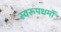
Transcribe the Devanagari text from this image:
स्वरूपधर्मों